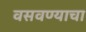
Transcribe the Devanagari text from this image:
वसवण्याचा